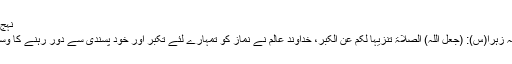
نہج البلاغہ نامہ ۲۷
↑ حضرت فاطمہ زہرا(س): (جعل اللہ) الصلاۃ تنزیہا لکم عن الکبر، خداوند عالم نے نماز کو تمہارے لئے تکبر اور خود پسندی سے دور رہنے کا وسیلہ قرار دیا ہے۔